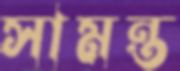
সামন্ত